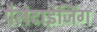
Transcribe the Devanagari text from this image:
पैलेटाईजिंग